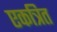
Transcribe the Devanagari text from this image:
एकत्रित